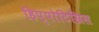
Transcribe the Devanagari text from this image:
हिप्पोटिग्रिस